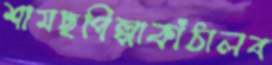
শামছপিল্পাকাঁঠালব